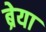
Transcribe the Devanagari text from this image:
ब्रेया